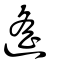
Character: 𨖈